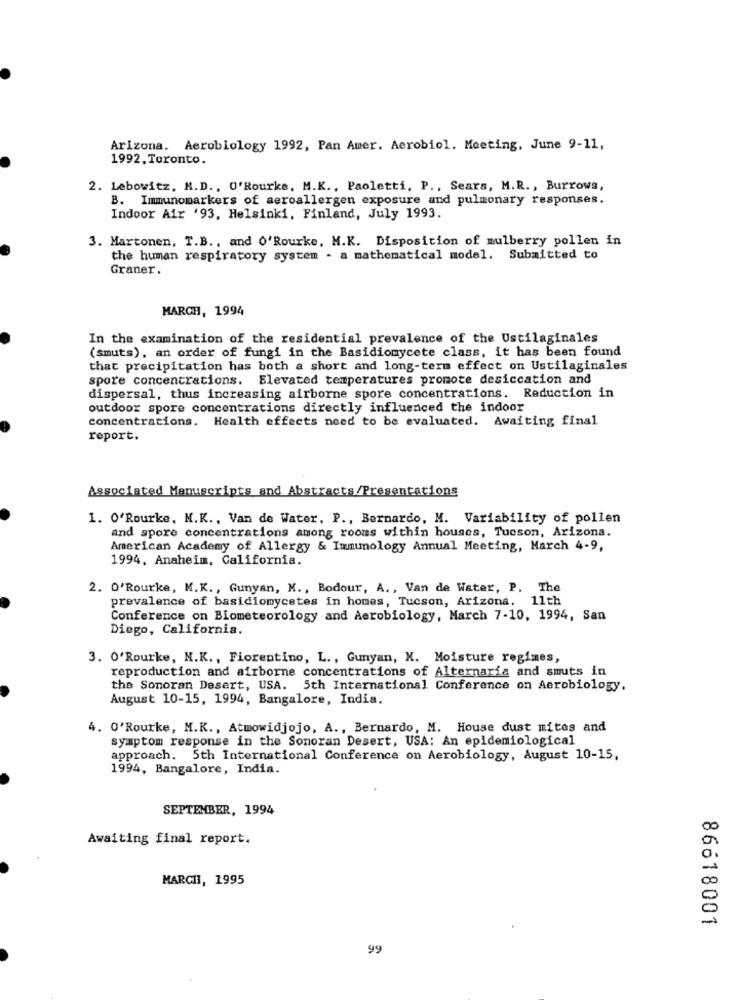
Arizona. Aerobiology 1992, Pan Amer. Aerobiol. Meeting, June 9-11,
1992. Toronto.
2. Lebowitz, M.D ., O'Rourke, M.K ., Paoletti, P ., Sears, M.R ., Burrows,
B. Immunomarkers of aeroallergen exposure and pulmonary responses.
Indoor Air '93, Helsinki, Finland, July 1993.
3. Martonen, T.B ., and O'Rourke, M.K. Disposition of mulberry pollen in
the human respiratory system - a mathematical model. Submitted to
Graner.
MARCH, 1994
In the examination of the residential prevalence of the Ustilaginales
(smuts), an order of fungi in the Basidiomycete class, it has been found
that precipitation has both a short and long-term effect on Ustilaginales
spore concentrations. Elevated temperatures promote desiccation and
dispersal, thus increasing airborne spore concentrations. Reduction in
outdoor spore concentrations directly influenced the indoor
concentrations. Health effects need to be evaluated. Awaiting final
report.
Associated Manuscripts and Abstracts/Presentations
1. O'Rourke, M.K ., Van de Water, P ., Bernardo, M. Variability of pollen
and spore concentrations among rooms within houses, Tucson, Arizona.
American Academy of Allergy & Immunology Annual Meeting, March 4-9,
1994, Anaheim, California.
2. O'Rourke, M.K ., Gunyan, M ., Bodour, A ., Van de Water, P. The
prevalence of basidiomycetes in homes, Tucson, Arizona. 11th
Conference on Biometeorology and Aerobiology, March 7-10, 1994, San
Diego, California.
3. O'Rourke, N.K ., Fiorentino, L ., Gunyan, K. Moisture regimes,
reproduction and airborne concentrations of Alternaria and smuts in
the Sonoran Desert, USA. 5th International Conference on Aerobiology.
August 10-15, 1994, Bangalore, India.
4. O'Rourke, M.K ., Atmowidjojo, A ., Bernardo, M. House dust mites and
symptom response in the Sonoran Desert, USA: An epidemiological
approach. 5th International Conference on Aerobiology, August 10-15,
1994, Bangalore, India.
SEPTEMBER, 1994
Awaiting final report.
MARCHI, 1995
86618001
99